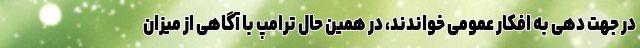
در جهت دهی به افکار عمومی خواندند، در همین حال ترامپ با آگاهی از میزان